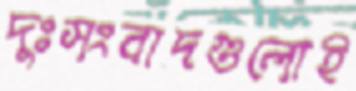
দুঃসংবাদগুলোই